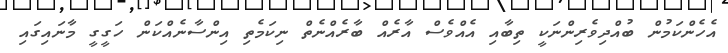
އެހެންކަމުން ބުއްދިވެރިންނަކީ ތިބާއި އެއްވެސް އާރެއް ބާރެއްނެތް ނިކަމެތި އިންސާނެއްކަން ހަގީގީ މާނައިގައި